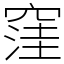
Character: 窪